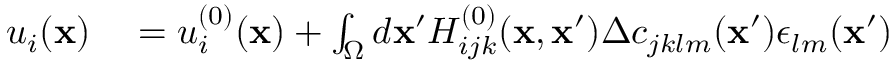
\begin{array} { r l } { u _ { i } ( { \bf x } ) } & { { } = u _ { i } ^ { ( 0 ) } ( { \bf x } ) + \int _ { \Omega } d { \bf x } ^ { \prime } H _ { i j k } ^ { ( 0 ) } ( { \bf x } , { \bf x } ^ { \prime } ) \Delta c _ { j k l m } ( { \bf x } ^ { \prime } ) \epsilon _ { l m } ( { \bf x } ^ { \prime } ) } \end{array}